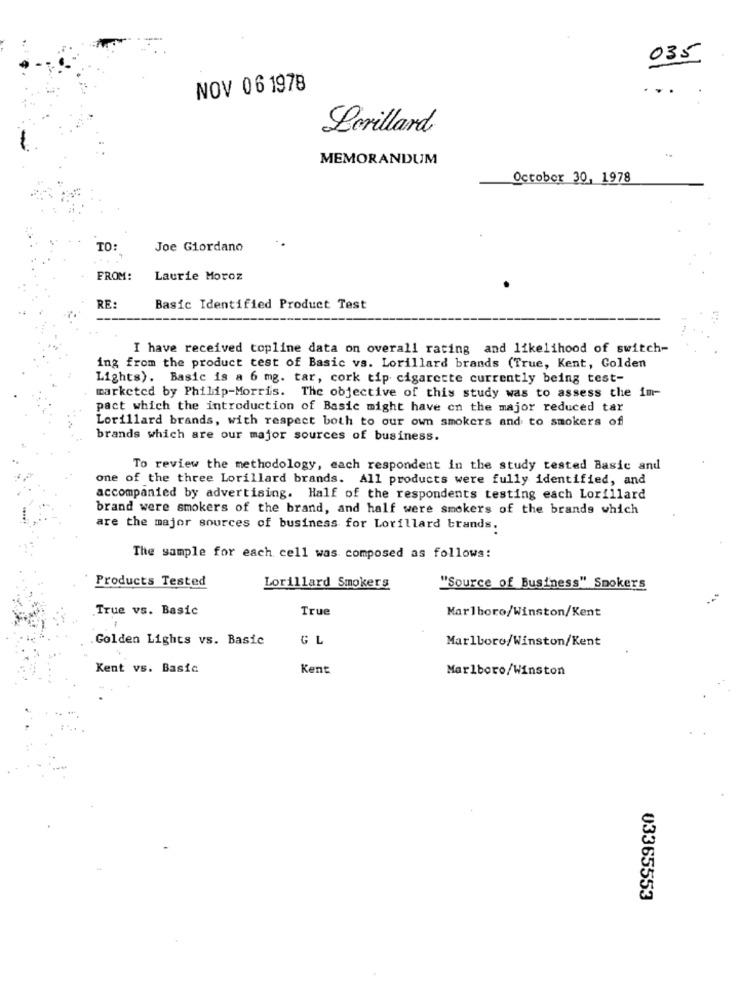
035
NOV 06 1978
Lorillard
MEMORANDUM
October 30, 1978
TO:
Joe Giordano
FROM:
Laurie Moroz
RE:
Basic Identified Product Test
I have received topline data on overall rating and likelihood of switch-
ing from the product test of Basic vs. Lorillard brands (True, Kent, Golden
Lights). Basic is a 6 mg. tar, cork tip cigarette currently being test-
marketed by Philip-Morris. The objective of this study was to assess the im-
pact which the introduction of Basic might have on the major reduced tar
Lorillard brands, with respect both to our own smokers and to smokers of
brands which are our major sources of business.
To review the methodology, each respondent in the study tested Basic and
one of the three Lorillard brands. All products were fully identified, and
accompanied by advertising. Half of the respondents testing each Lorillard
brand were smokers of the brand, and half were smokers of the brands which
are the major sources of business for Lorillard brands.
The sample for each cell was composed as follows:
Products Tested
Lorillard Smokers
"Source of Business" Smokers
True vs. Basic
True
Marlboro/Winston/Kent
Golden Lights vs. Basic
GL
Marlboro/Winston/Kent
Kent vs. Basic
Kent
Marlboro/Winston
03365553